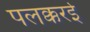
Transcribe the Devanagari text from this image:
पलक्करई